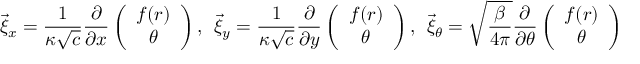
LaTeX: \vec { \xi } _ { x } = \frac { 1 } { \kappa \sqrt { c } } \frac { \partial } { \partial x } \left( \begin{array} { c } { { f ( r ) } } \\ { { \theta } } \end{array} \right) , \: \: \vec { \xi } _ { y } = \frac { 1 } { \kappa \sqrt { c } } \frac { \partial } { \partial y } \left( \begin{array} { c } { { f ( r ) } } \\ { { \theta } } \end{array} \right) , \: \: \vec { \xi } _ { \theta } = \sqrt { \frac { \beta } { 4 \pi } } \frac { \partial } { \partial \theta } \left( \begin{array} { c } { { f ( r ) } } \\ { { \theta } } \end{array} \right)